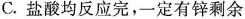
C.盐酸均反应完，一定有锌剩余